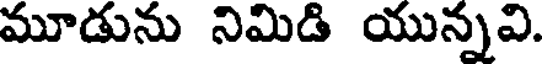
మూడును నిమిడి యున్నవి.